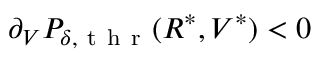
\partial _ { V } P _ { \delta , \mathrm { ~ t ~ h ~ r ~ } } ( R ^ { * } , V ^ { * } ) < 0